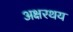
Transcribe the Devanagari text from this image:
अक्षरथय